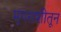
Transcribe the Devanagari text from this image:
मृगराशीतून